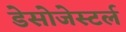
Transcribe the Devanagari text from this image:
डेसोजेस्टर्ल